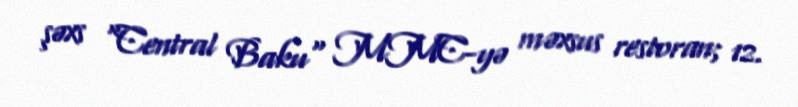
şəxs "Central Baku" MMC-yə məxsus restoran; 12.